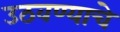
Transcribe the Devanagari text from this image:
उठवण्याचे